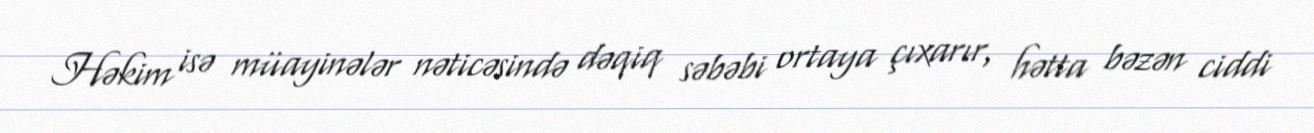
Həkim isə müayinələr nəticəsində dəqiq səbəbi ortaya çıxarır, hətta bəzən ciddi